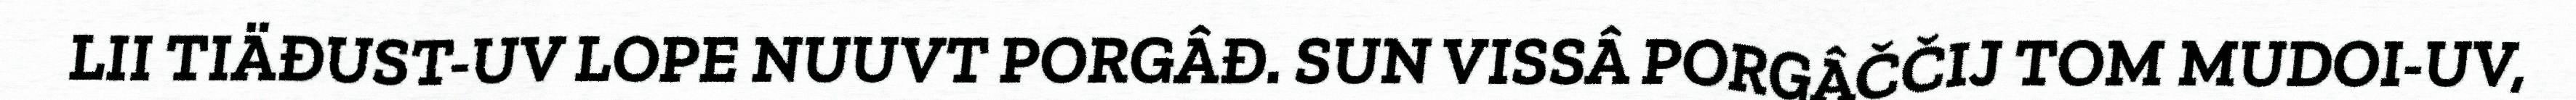
LII TIÄĐUST-UV LOPE NUUVT PORGÂĐ. SUN VISSÂ PORGÂČČIJ TOM MUDOI-UV,